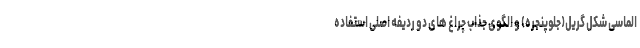
الماسی شکل گریل(جلوپنجره) و الگوی جذاب چراغ های دو ردیفه اصلی استفاده